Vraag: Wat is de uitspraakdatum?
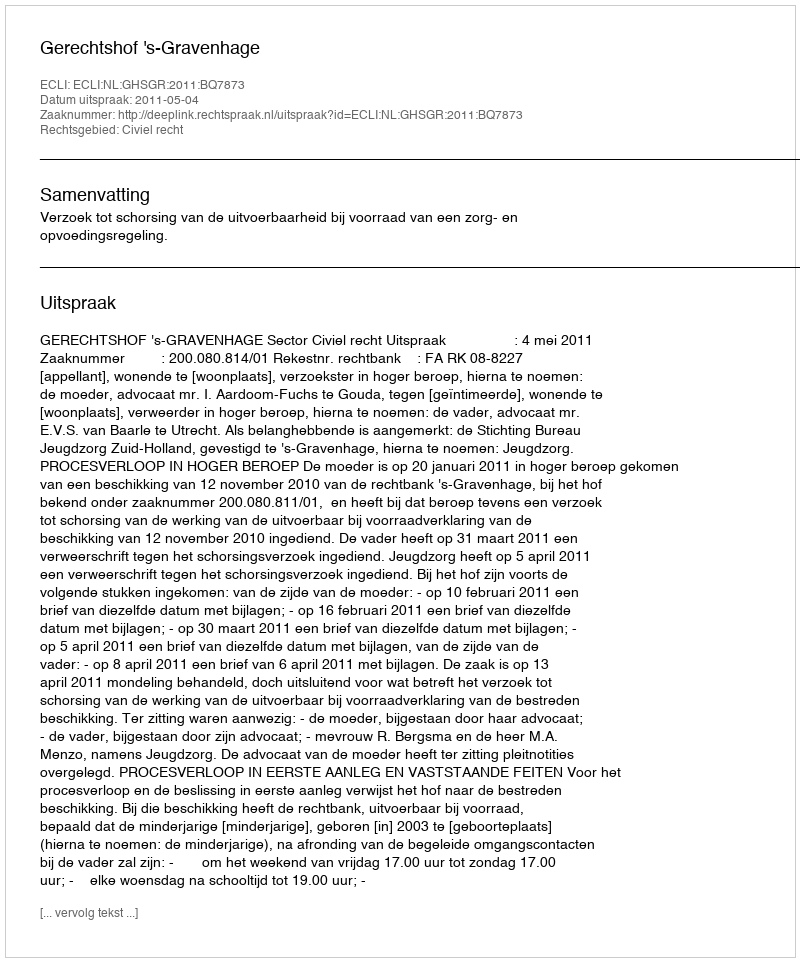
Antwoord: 2011-05-04